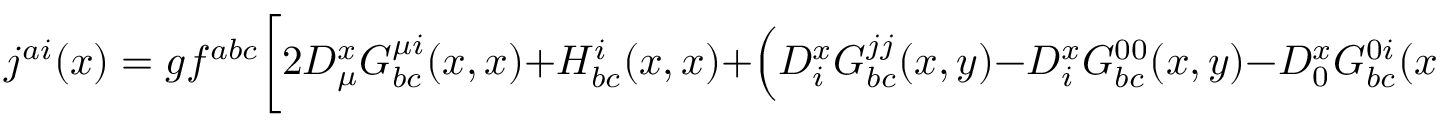
j ^ { a i } ( x ) = g f ^ { a b c } \biggl [ 2 D _ { \mu } ^ { x } G _ { b c } ^ { \mu i } ( x , x ) + H _ { b c } ^ { i } ( x , x ) + \Bigl ( D _ { i } ^ { x } G _ { b c } ^ { j j } ( x , y ) - D _ { i } ^ { x } G _ { b c } ^ { 0 0 } ( x , y ) - D _ { 0 } ^ { x } G _ { b c } ^ { 0 i } ( x , y ) \Bigr ) \Big | _ { y \to x } \biggr ]